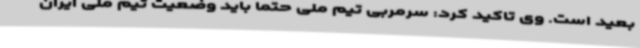
بعید است. وی تاکید کرد: سرمربی تیم ملی حتما باید وضعیت تیم ملی ایران